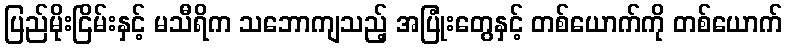
ပြည်မိုးငြိမ်းနှင့် မသီရိက သဘောကျသည့် အပြုံးတွေနှင့် တစ်ယောက်ကို တစ်ယောက်